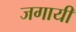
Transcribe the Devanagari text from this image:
जगायी